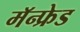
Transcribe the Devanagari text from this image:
मॅन्फ्रेड